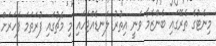
މިނެޓުގެ ތެރޭގައި ބެންޒެމާ ވަނީ އިތުރު ލަނޑެއްޖަހައި މި މެޗުގައި ފުރަތަމަ ފަހަރަށް